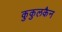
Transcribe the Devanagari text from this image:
कुकुलकैन